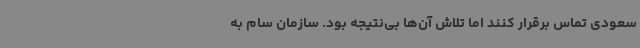
سعودی تماس برقرار کنند اما تلاش آن‌ها بی‌نتیجه بود. سازمان سام به